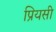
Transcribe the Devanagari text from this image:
प्रियसी